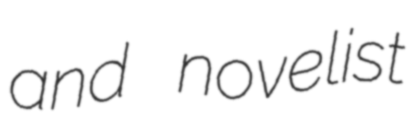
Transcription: and novelist